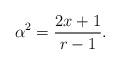
LaTeX: \begin{align*} \alpha^2 = \frac{2x + 1}{r-1}. \end{align*}